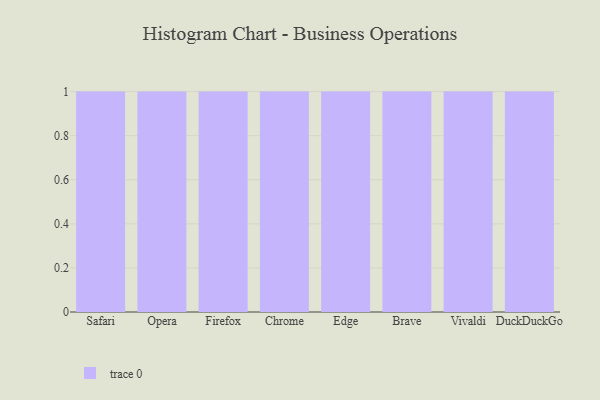
{"axis": {"x": "Browser", "y": "Production Output"}, "legend": [""], "data": [{"x": "Safari", "y": 53, "type": ""}, {"x": "Opera", "y": 55, "type": ""}, {"x": "Firefox", "y": 47, "type": ""}, {"x": "Chrome", "y": 93, "type": ""}, {"x": "Edge", "y": 78, "type": ""}, {"x": "Brave", "y": 69, "type": ""}, {"x": "Vivaldi", "y": 58, "type": ""}, {"x": "DuckDuckGo", "y": 19, "type": ""}]}